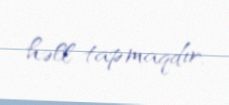
həll tapmaqdır.